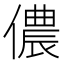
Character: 儂